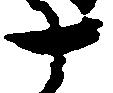
十